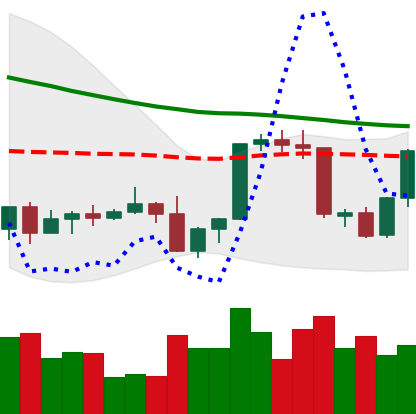
Ticker: XLM-USD
Chart end date: 2022-09-17
Forward return: 8.376%
Label: up_7plus